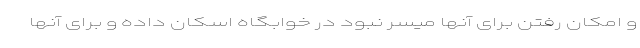
و امکان رفتن برای آنها میسر نبود در خوابگاه اسکان داده و برای آنها